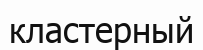
кластерный